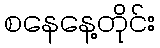
စနေနေ့တိုင်း